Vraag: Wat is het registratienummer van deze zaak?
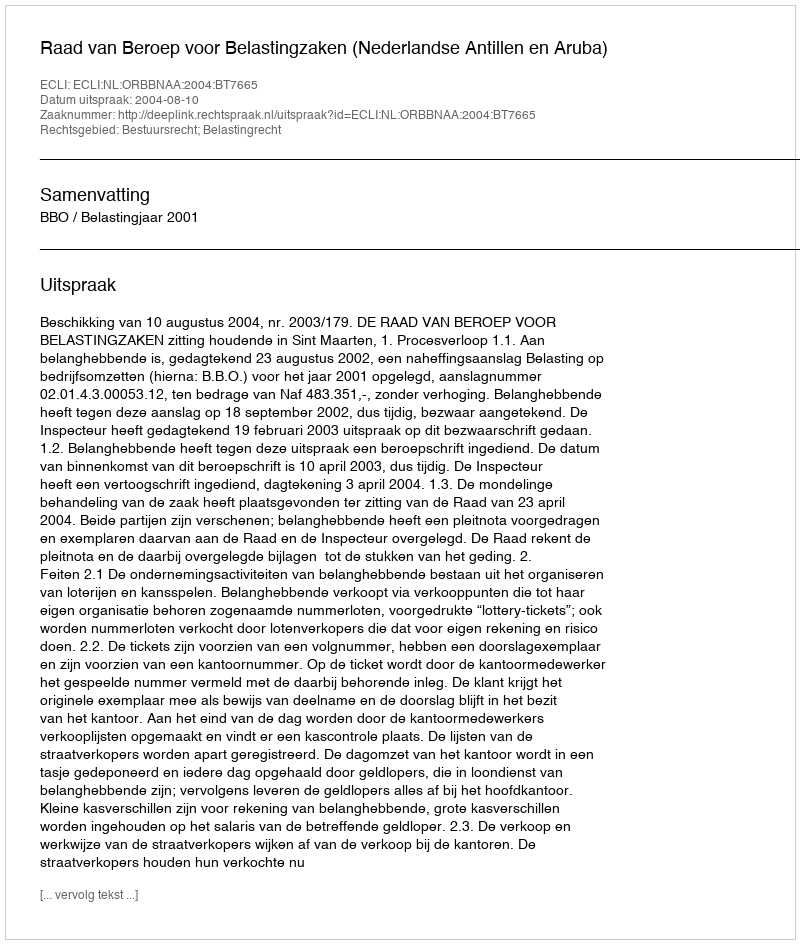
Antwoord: http://deeplink.rechtspraak.nl/uitspraak?id=ECLI:NL:ORBBNAA:2004:BT7665